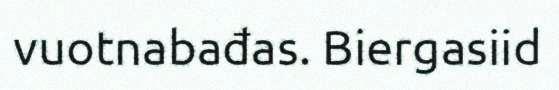
vuotnabađas. Biergasiid